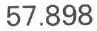
57.898